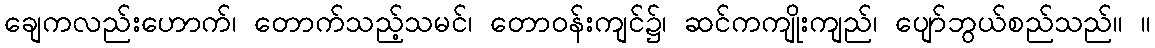
ချေကလည်းဟောက်၊ တောက်သည့်သမင်၊ တောဝန်းကျင်၌၊ ဆင်ကကျိုးကျည်၊ ပျော်ဘွယ်စည်သည်။ ။